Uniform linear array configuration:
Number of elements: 12
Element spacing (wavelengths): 1
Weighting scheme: binomial
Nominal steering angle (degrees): -15
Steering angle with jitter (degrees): -15.424
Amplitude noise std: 0.05
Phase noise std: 0.05

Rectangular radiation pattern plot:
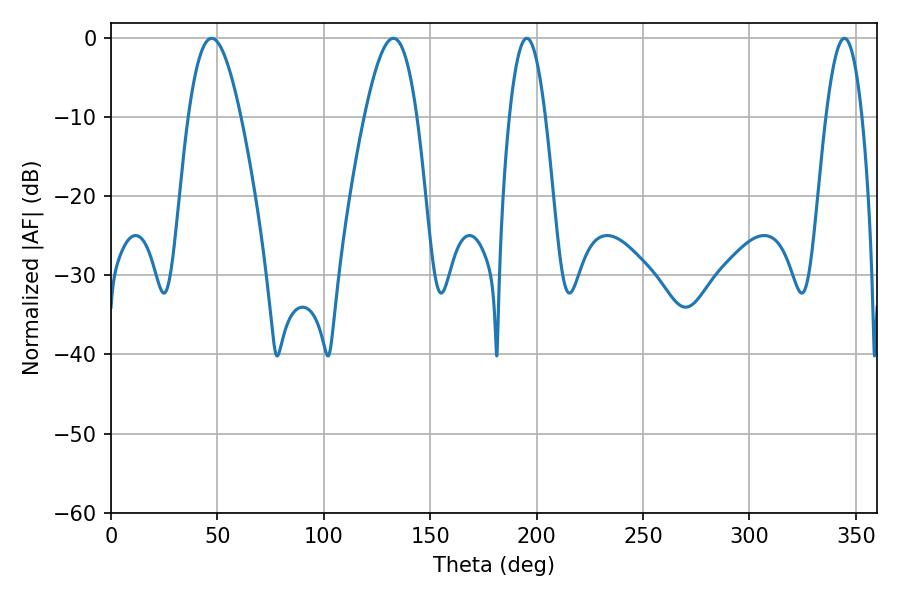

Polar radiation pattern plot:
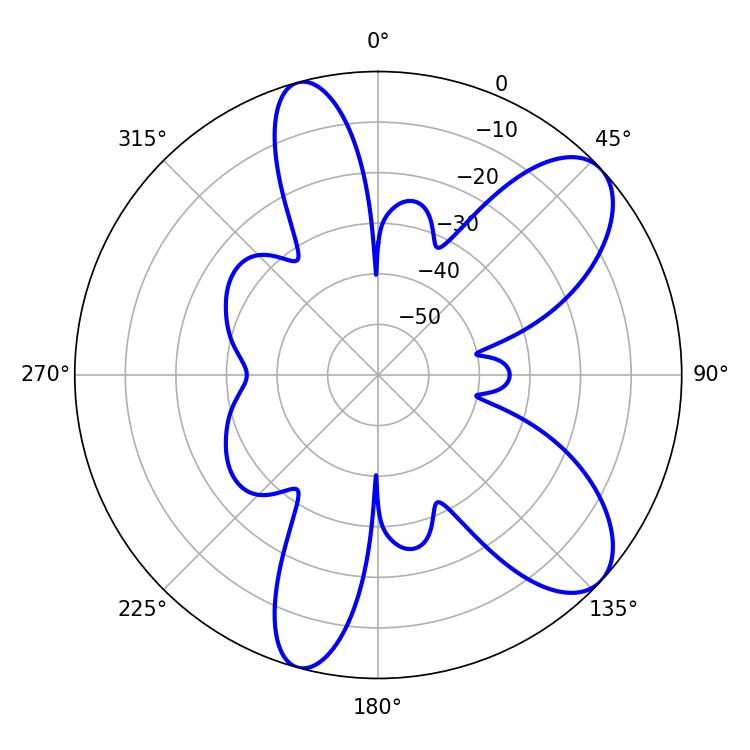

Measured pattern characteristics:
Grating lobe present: TRUE
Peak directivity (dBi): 8.56
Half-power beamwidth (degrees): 13.32
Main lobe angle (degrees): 47.34